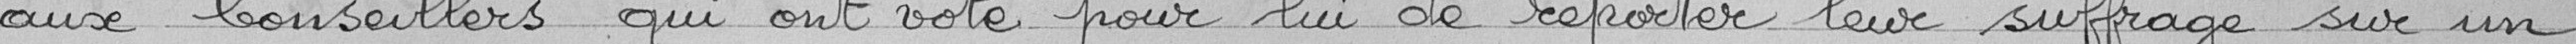
aux Conseillers qui ont voté pour lui de reporter leur suffrage sur un